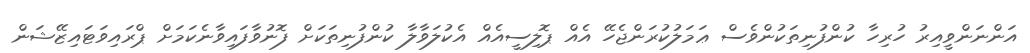
އަންނަންވީއިރު ހުރިހާ ކުންފުނިތަކުންވެސް ޢަމަލުކުރަންޖެހޭ އެއް ޕޮލިސީއެއް އެކުލަވާލާ ކުންފުނިތަކަށް ފޮނުވާފައިވާނެކަމަށް ޕްރައިވަޓައިޒޭޝަން